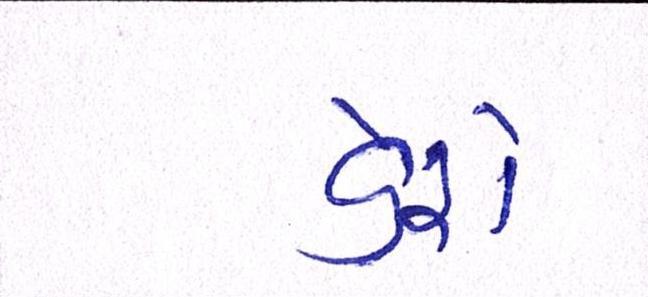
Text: ડેરો